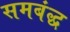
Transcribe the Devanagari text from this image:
समबंद्ध